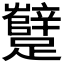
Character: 𰸷